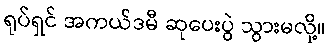
ရုပ်ရှင် အကယ်ဒမီ ဆုပေးပွဲ သွားမလို့။